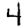
Digit: 4